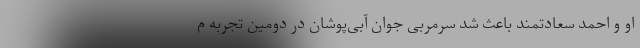
او و احمد سعادتمند باعث شد سرمربی جوان آبی‌پوشان در دومین تجربه م